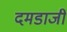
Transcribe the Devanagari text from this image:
दमडाजी